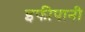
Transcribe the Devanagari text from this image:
इफीपानी